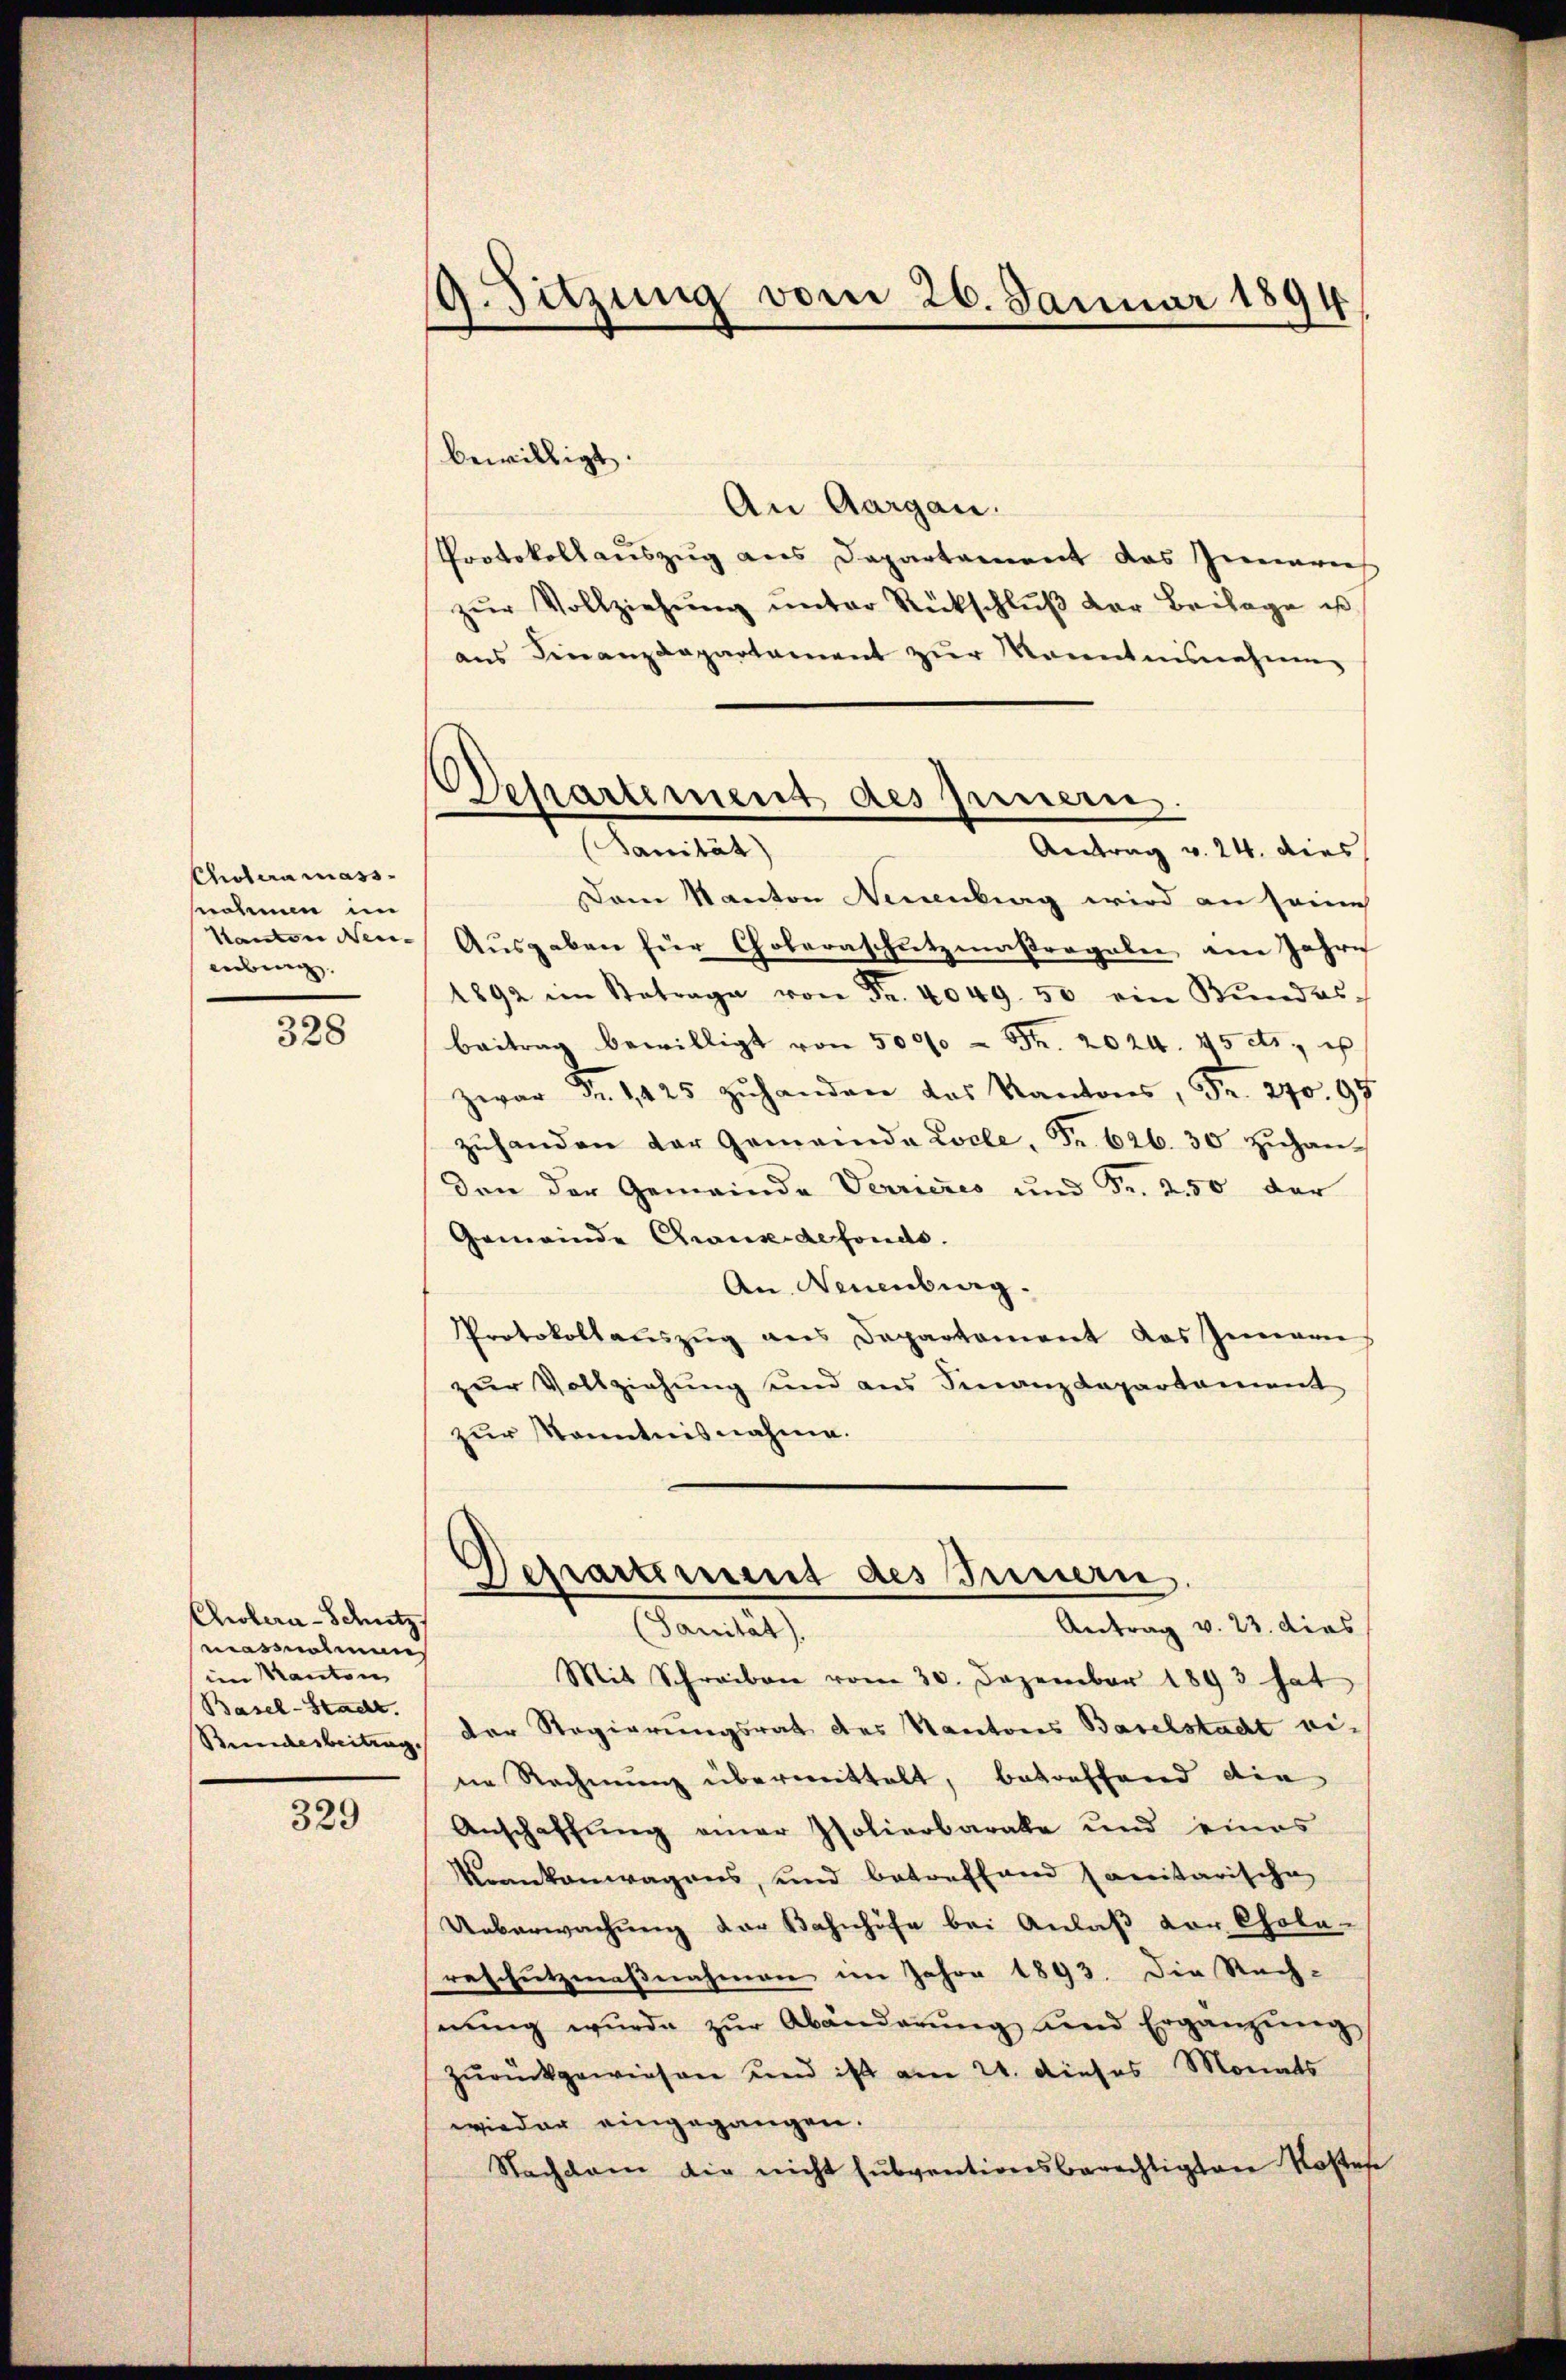
Cholera mass
snohmen im
Kanton Neu-
übung

328

Cholera-Schutz
massnahmen
im Kanton
Basel-Stadt.
Bundesbeitrag.

329

19. Sitzung vom 26. Januar 1894

Departement des Innern.
lamtes,

bewilligt.
An Aargau.
Protokollauszug aus Departament das Inneris
zŭr Vollziehŭng ŭnter Rückschlŭβ der Beilage us
ans Finanzdepartament zŭr Kenntnisnahme
Antrag v. 24. dies
Dam Kanton Neuenburg wird an seine
Ausgaben für Choleraschutzmaßregeler, am Jahre
1892 im Betrage von Fr. 4049. 50 ein Bŭndes-
beitrag bewilligt von 5000 Fr. 2024. 45 cts. e
zwar Nr. 1425 zŭ handen das Kantons, Fr. 270. 97
zŭhanden der Gemeinde Locle, Fr. 626. 30 zŭhandon der Gemeinde Verrieres und Fr. 250 der
Gemeinde Chronsdefonds.
An Neuenburg.
Protokollaŭszŭg ans Departament das Immanns
zur Vollziehung und aus Finanzdepartament
zur Kenntnisnahme.
Departement des Innern,
Antrag v. 23. dies
amlet
Mit Schreiben vom 30. Dezember 1893 hat
der Regierungsrat des Kantores Baselstadt eine Rechnung übermittelt, betreffend die
Anschaffung einer Polierbarale und eines
Krankenwagens, und betreffend sanitarische
Ueberwachŭng der Bahnhöfe bei Anlaß vor Chola-
retchutzmaßnahmen im Jahre 1893. Die Rech-
nŭng wurde zŭr Abänderŭng und Ergänzung
zurückgewiesen und ist am 21. dieses Monats
wieder eingegangen.
Nachdem die nicht sŭbventionsberechtigten Kostese